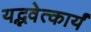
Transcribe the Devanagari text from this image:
यद्भवेत्कार्यं